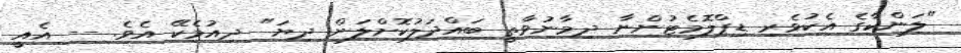
"ލަންކާގެ އެކުވެރި ޑިޕްލޮމެޓުންނާ ދިމާނުވާތީ ބައްދަލުކޮށްލަން ދިޔަ" ދިއުމެކޭ އެވެ. -- އެއީ